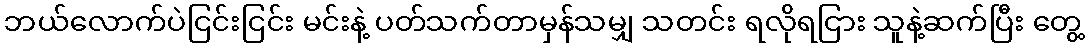
ဘယ်လောက်ပဲငြင်းငြင်း မင်းနဲ့ ပတ်သက်တာမှန်သမျှ သတင်း ရလိုရငြား သူနဲ့ဆက်ပြီး တွေ့